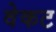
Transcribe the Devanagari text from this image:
वेकट